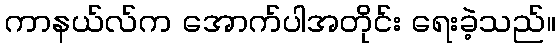
ကာနယ်လ်က အောက်ပါအတိုင်း ရေးခဲ့သည်။